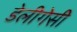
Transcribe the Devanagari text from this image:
डेलीगेसी